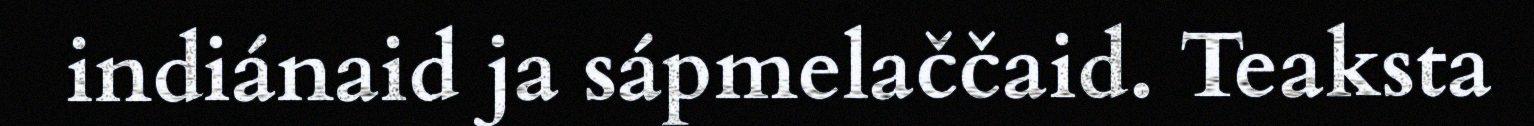
indiánaid ja sápmelaččaid. Teaksta